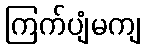
ကြက်ပျံမကျ